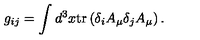
g _ { i j } = \int d ^ { 3 } x \mathrm { t r } \left( \delta _ { i } A _ { \mu } \delta _ { j } A _ { \mu } \right) .